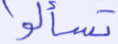
تسألوا